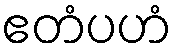
ဧတံပဟံ